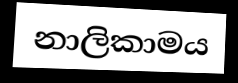
නාලිකාමය